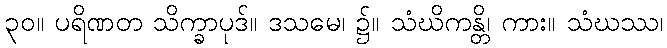
၃၀။ ပရိဏတ သိက္ခာပုဒ်။ ဒသမေ၊ ၌။ သံဃိကန္တိ၊ ကား။ သံဃဿ၊